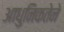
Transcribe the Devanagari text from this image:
आधुनिकतेने